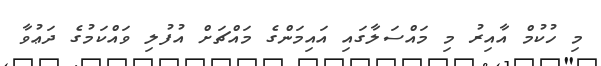
މި ހުކުމް އާއިރު މި މައްސަލާގައި އައިމަންގެ މައްޗަށް އުފުލި ވައްކަމުގެ ދަޢުވާ